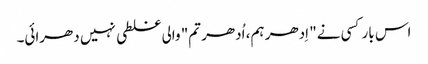
اس بار کسی نے" اِدھر ہم، اُدھر تم" والی غلطی نہیں دھرائی۔